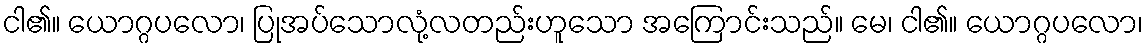
ငါ၏။ ယောဂ္ဂပလော၊ ပြုအပ်သောလုံ့လတည်းဟူသော အကြောင်းသည်။ မေ၊ ငါ၏။ ယောဂ္ဂပလော၊